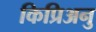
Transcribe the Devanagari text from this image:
किप्रिअनु